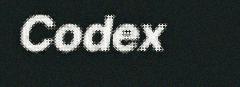
Codex